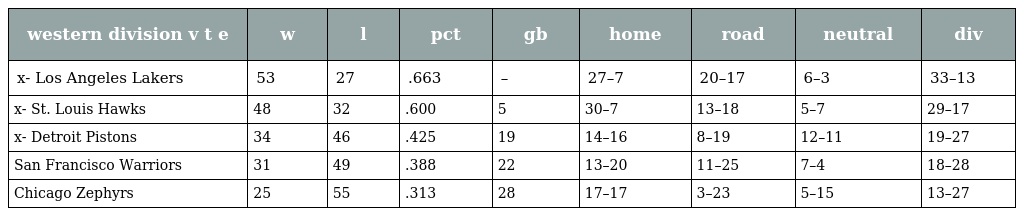
| western division v t e | w | l | pct | gb | home | road | neutral | div |
 | --- | --- | --- | --- | --- | --- | --- | --- | --- |
 | x- Los Angeles Lakers | 53 | 27 | .663 | – | 27–7 | 20–17 | 6–3 | 33–13 |
 | x- St. Louis Hawks | 48 | 32 | .600 | 5 | 30–7 | 13–18 | 5–7 | 29–17 |
 | x- Detroit Pistons | 34 | 46 | .425 | 19 | 14–16 | 8–19 | 12–11 | 19–27 |
 | San Francisco Warriors | 31 | 49 | .388 | 22 | 13–20 | 11–25 | 7–4 | 18–28 |
 | Chicago Zephyrs | 25 | 55 | .313 | 28 | 17–17 | 3–23 | 5–15 | 13–27 |